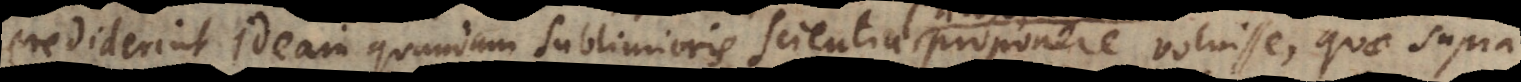
crediderint Ideam quandam sublimioris Scientiae philosophum proponere voluisse, quae supra